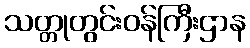
သတ္တုတွင်းဝန်ကြီးဌာန